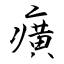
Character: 癀